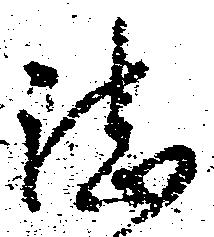
湛